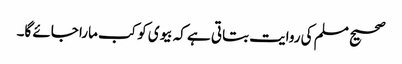
صحیح مسلم کی روایت بتاتی ہے کہ بیوی کو کب مارا جائے گا۔